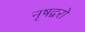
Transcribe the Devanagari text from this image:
नृषद्वरो